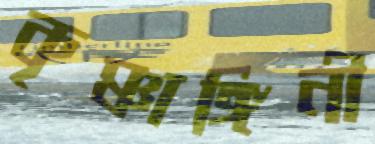
কৃষ্ণাঙ্গিনী